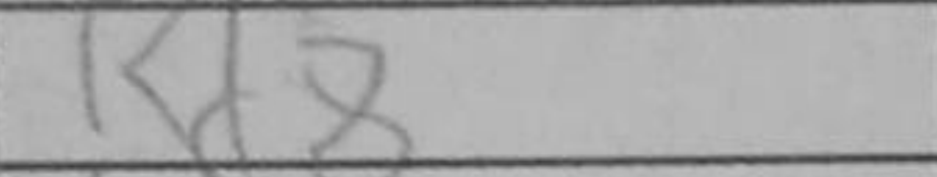
Transcription: Rd8